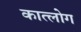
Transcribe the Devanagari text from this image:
कात्लोग